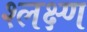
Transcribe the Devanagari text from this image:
श्लक्ष्ण